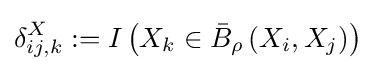
\delta _{ij,k}^{X}:=I\left(X_{k}\in {\bar {B}}_{\rho }\left(X_{i},X_{j}\right)\right)